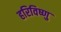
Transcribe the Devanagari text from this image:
हरिविष्णु